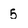
Character: 5